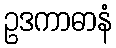
ဥဒကာဓာနံ